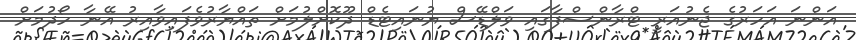
އަންނަ އަހަރުގެ ޖެނުއަރީ ޓްރާންސްފާގައި ވަލްޑޭސް ޔުނައިޓެޑް ދޫކޮށްލުމަށް ތައްޔާރުވެފައިވާއިރު އޭނާ ހޯދުމަށް